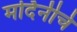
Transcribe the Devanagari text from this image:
मर्दिनीचे